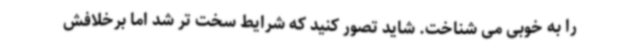
را به خوبی می شناخت. شاید تصور کنید که شرایط سخت تر شد اما برخلافش